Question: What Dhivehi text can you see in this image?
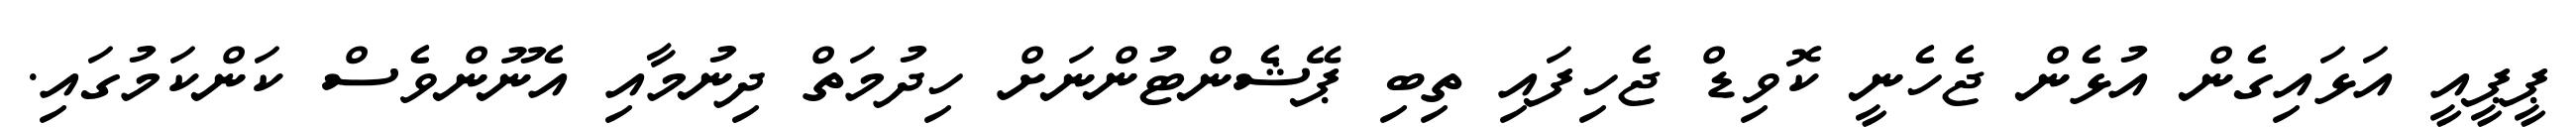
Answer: ޕީޕީއީ އަޅައިގެން އުޅެން ޖެހެނީ ކޮވިޑް ޖެހިފައި ތިބި ޕޭޝެންޓުންނަށް ހިދުމަތް ދިނުމާއި އެނޫންވެސް ކަންކަމުގައި.